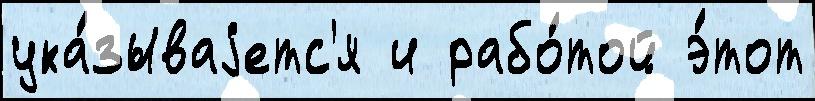
ука́зываjетс'я и рабо́той э́тот